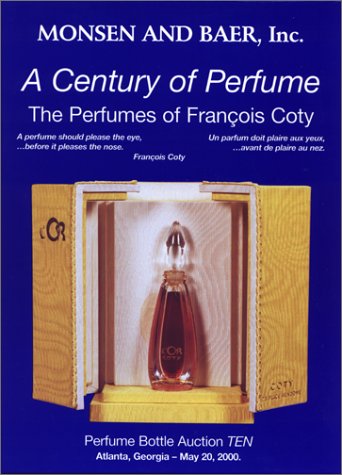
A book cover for A Century of Perfume: The Perfumes of Francois Coty; B. Monsen Randall; Crafts, Hobbies & Home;